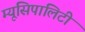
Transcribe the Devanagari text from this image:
म्यूसिपालिटी